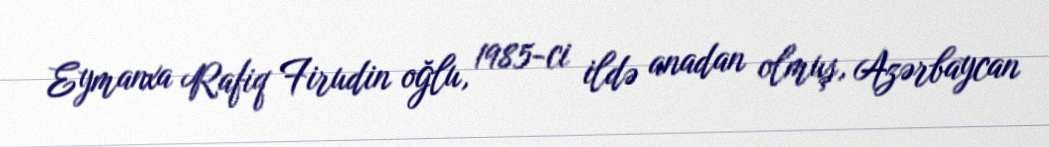
Eymanxa Rafiq Firudin oğlu, 1985-ci ildə anadan olmuş, Azərbaycan